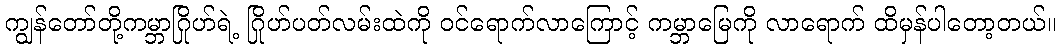
ကျွန်တော်တို့ကမ္ဘာဂြိုဟ်ရဲ့ ဂြိုဟ်ပတ်လမ်းထဲကို ဝင်ရောက်လာကြောင့် ကမ္ဘာမြေကို လာရောက် ထိမှန်ပါတော့တယ်။